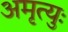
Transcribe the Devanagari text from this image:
अमृत्युः